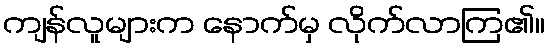
ကျန်လူများက နောက်မှ လိုက်လာကြ၏။